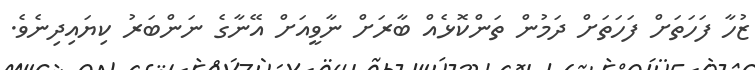
ޒުހާ ފަހަތަށް ފަހަތަށް ދަމުން ތަންކޮޅެއް ބާރަށް ނާވީއަށް އޭނާގެ ނަންބަރު ކިޔައިދިނެވެ.